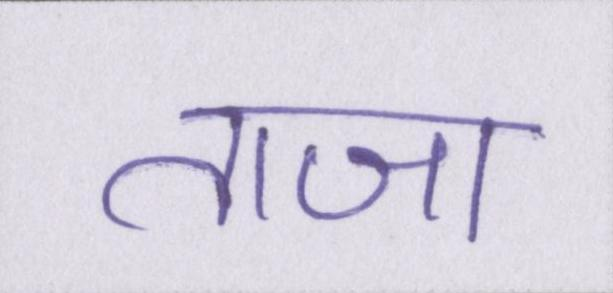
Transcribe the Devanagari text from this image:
ताजा